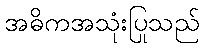
အဓိကအသုံးပြုသည်